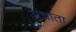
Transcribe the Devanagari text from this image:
अज्ञाता